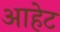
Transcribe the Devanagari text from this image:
आहेट